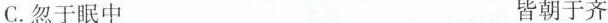
C.忽\underset{·}{于}眠中 皆朝\underset{·}{于}齐